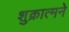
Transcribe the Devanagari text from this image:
शुक्रात्मने